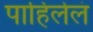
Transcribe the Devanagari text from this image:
पाहिलेलं